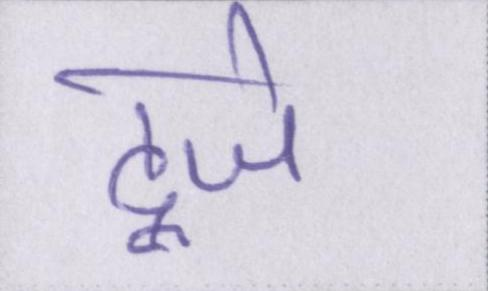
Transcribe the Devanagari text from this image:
दूजे